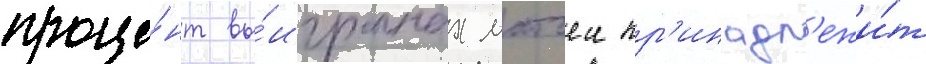
проце́нт вы́игранных матчеи пр'инадл'ежи́т